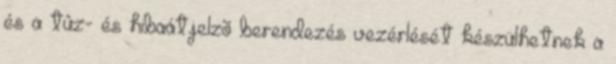
és a tûz- és hibaátjelzõ berendezés vezérlését készülhetnek a